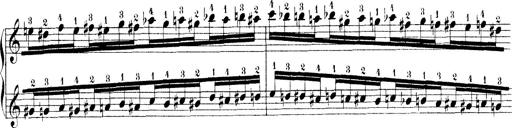
Title: Technische Studien
Composer: Franz Liszt